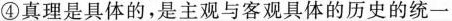
④真理是具体的，是主观与客观具体的历史的统一